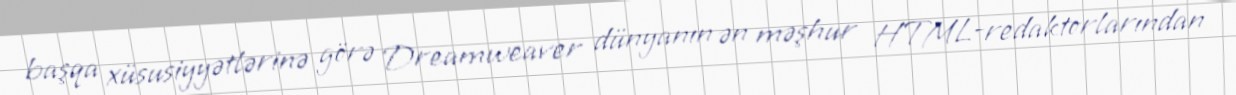
başqa xüsusiyyətlərinə görə Dreamweaver dünyanın ən məşhur HTML-redaktorlarından